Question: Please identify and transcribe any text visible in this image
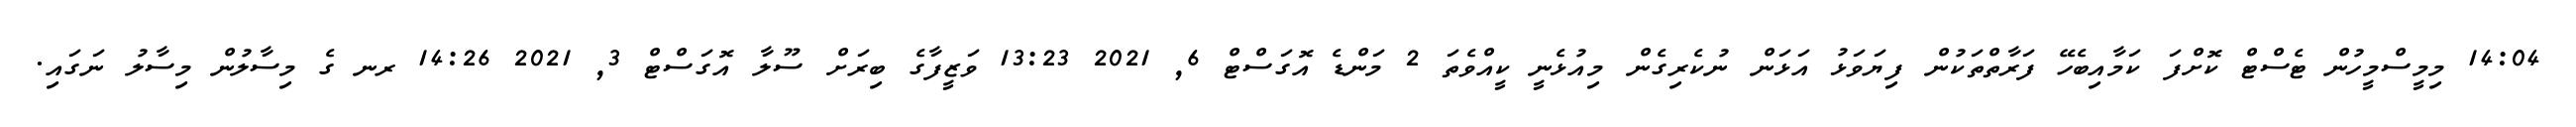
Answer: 14:04 މިމީސްމީހުން ޓެސްޓް ކޮށްފަ ކަމާއިބެހޭ ފަރާތްތަކުން ފިޔަވަޅު އަޅަން ނުކެރިގެން މިއުޅެނީ ކީއްވެތަ 2 މަންޑެ އޮގަސްޓް 6, 2021 13:23 ވަޒީފާގެ ބިރަށް ސޫލާ އޮގަސްޓް 3, 2021 14:26 ރނ ގެ މިސާލުން މިސާލު ނަގައި.